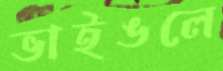
ভাইঙলে